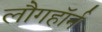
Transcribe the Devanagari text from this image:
लौगहॉर्न